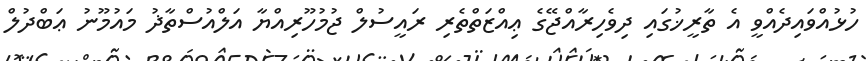
ހުޅުއްވައިދެއްވީ އެ ތާރީޚުގައި ދިވެހިރާއްޖޭގެ ޢިއްޒަތްތެރި ރައީސުލް ޖުމުހޫރިއްޔާ އަލްއުސްތާޛު މައުމޫނު ޢަބްދުލް